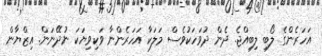
އަހަރެންގެ ލޯބި ލިބިއްޖެ. ދެން ދުވަހަކުވެސް މަލަކާ އަހަރެންނާ ވަކިވިޔަކަ ނުދޭނަން. އިޒްޔާން